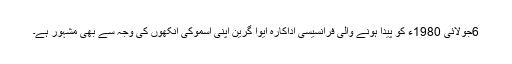
6جولائی 1980ء کو پیدا ہونے والی فرانسیسی اداکارہ ایوا گرین اپنی اسموکی آنکھوں کی وجہ سے بھی مشہور ہے۔